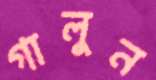
গালুন